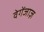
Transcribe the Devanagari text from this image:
वेगेंजाज़